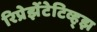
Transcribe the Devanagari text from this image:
रिप्रेझेंटेटिव्ह्झ